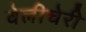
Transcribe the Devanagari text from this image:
वेलीचेरी